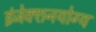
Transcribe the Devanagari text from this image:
इंजेक्शनयोग्य